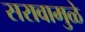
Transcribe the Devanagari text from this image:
सरावामुळे